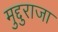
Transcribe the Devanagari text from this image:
मुद्दुराजा